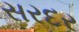
સરદર